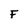
Character: F